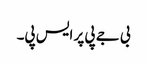
بی جے پی پر ایس پی۔